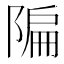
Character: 𫕌